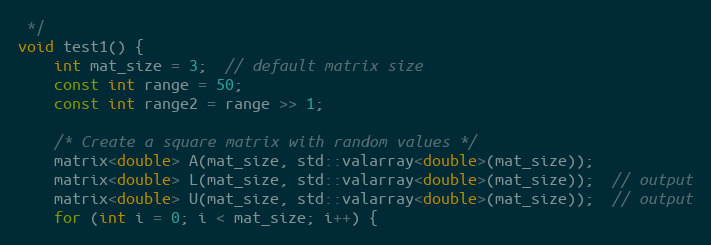
Language: C++
 */
void test1() {
    int mat_size = 3;  // default matrix size
    const int range = 50;
    const int range2 = range >> 1;

    /* Create a square matrix with random values */
    matrix<double> A(mat_size, std::valarray<double>(mat_size));
    matrix<double> L(mat_size, std::valarray<double>(mat_size));  // output
    matrix<double> U(mat_size, std::valarray<double>(mat_size));  // output
    for (int i = 0; i < mat_size; i++) {